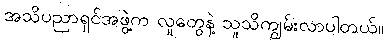
အသိပညာရှင်အဖွဲ့က လူတွေနဲ့ သူသိကျွမ်းလာပါတယ်။